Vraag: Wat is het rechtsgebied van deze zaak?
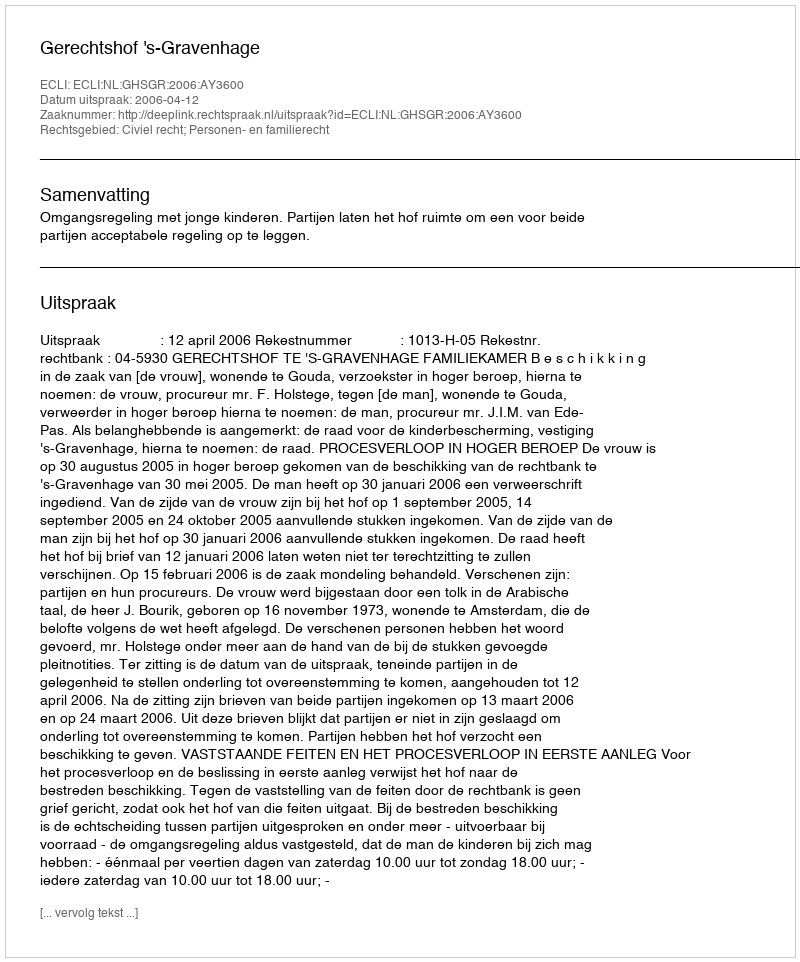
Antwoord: Civiel recht; Personen- en familierecht